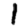
Digit: 1